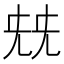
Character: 兓